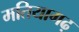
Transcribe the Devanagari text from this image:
मतियागढ़